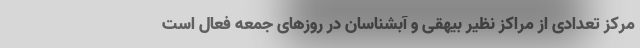
مرکز تعدادی از مراکز نظیر بیهقی و آبشناسان در روزهای جمعه فعال است